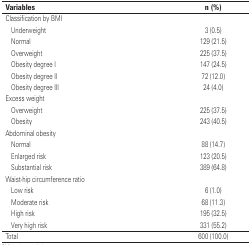
| <COLSPAN=2> Variables | n (%) |
 | --- | --- | --- |
 | <COLSPAN=3> Classification by BMI |
 |  | Underweight | 3 (0.5) |
 |  | Normal | 129 (21.5) |
 |  | Overweight | 225 (37.5) |
 |  | Obesity degree I | 147 (24.5) |
 |  | Obesity degree II | 72 (12.0) |
 |  | Obesity degree III | 24 (4.0) |
 | <COLSPAN=3> Excess weight |
 |  | Overweight | 225 (37.5) |
 |  | Obesity | 243 (40.5) |
 | <COLSPAN=3> Abdominal obesity |
 |  | Normal | 88 (14.7) |
 |  | Enlarged risk | 123 (20.5) |
 |  | Substantial risk | 389 (64.8) |
 | <COLSPAN=3> Waist-hip circumference ratio |
 |  | Low risk | 6 (1.0) |
 |  | Moderate risk | 68 (11.3) |
 |  | High risk | 195 (32.5) |
 |  | Very high risk | 331 (55.2) |
 | <COLSPAN=2> Total | 600 (100.0) |